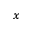
_ { x }